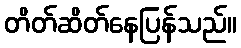
တိတ်ဆိတ်နေပြန်သည်။